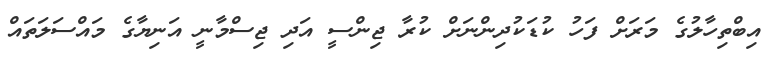
އިބްތިހާލުގެ މަރަށް ފަހު ކުޑަކުދިންނަށް ކުރާ ޖިންސީ އަދި ޖިސްމާނީ އަނިޔާގެ މައްސަލަތައް